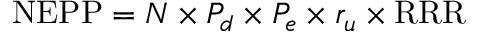
{ \mathrm { N E P P } } = N \times P _ { d } \times P _ { e } \times r _ { u } \times { \mathrm { R R R } }